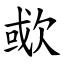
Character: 㰲